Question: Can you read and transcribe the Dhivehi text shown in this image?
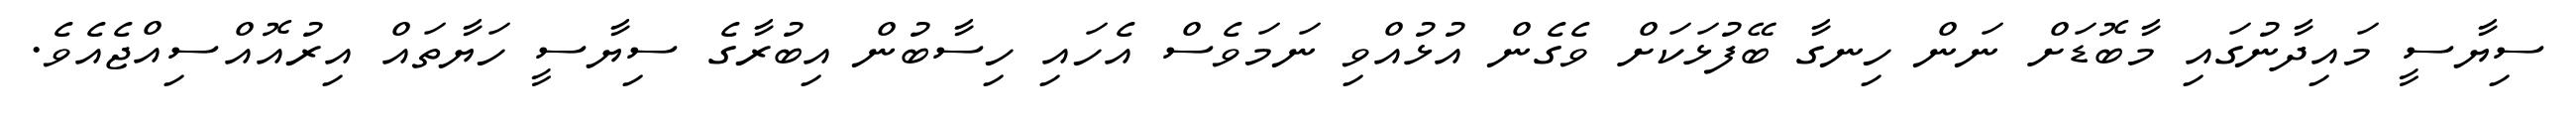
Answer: ސިޔާސީ މައިދާނުގައި މާބޮޑަށް ނަން ހިނގާ ބޭފުޅަކަށް ވެގެން އުޅުއްވި ނަމަވެސް އެހައި ހިސާބުން އިބުރާގެ ސިޔާސީ ހަޔާތައް އިރުއޮއްސިއްޖެއެވެ.